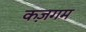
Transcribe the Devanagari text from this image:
कज़गम